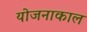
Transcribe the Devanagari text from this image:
योजनाकाल